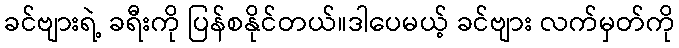
ခင်ဗျားရဲ့ ခရီးကို ပြန်စနိုင်တယ်။ဒါပေမယ့် ခင်ဗျား လက်မှတ်ကို